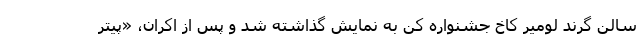
سالن گرند لومیر کاخ جشنواره کن به نمایش گذاشته شد و پس از اکران، «پیتر